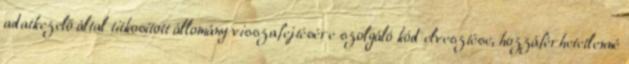
adatkezelő által titkosított állomány visszafejtésére szolgáló kód elvesztése, hozzáférhetetlenné